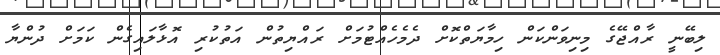
ލިބޭނީ ރާއްޖޭގެ މިނިވަންކަން ހިމާޔަތްކޮށް ދެމެހެއްޓުމަށް ރައްޔިތުން އަތުކުރި އޮޅާލައިގެން ކަމަށް ދުންޔާ